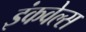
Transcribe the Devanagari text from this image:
इंकवेल्स